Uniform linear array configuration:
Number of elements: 32
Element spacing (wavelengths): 1
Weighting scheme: blackman
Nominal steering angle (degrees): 0
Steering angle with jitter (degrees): -1.376
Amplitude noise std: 0.05
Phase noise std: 0.05

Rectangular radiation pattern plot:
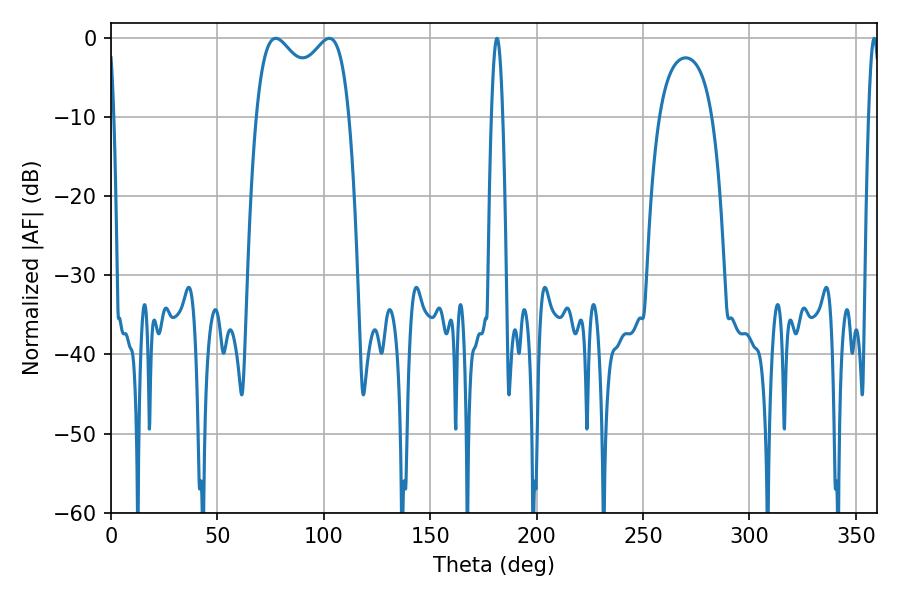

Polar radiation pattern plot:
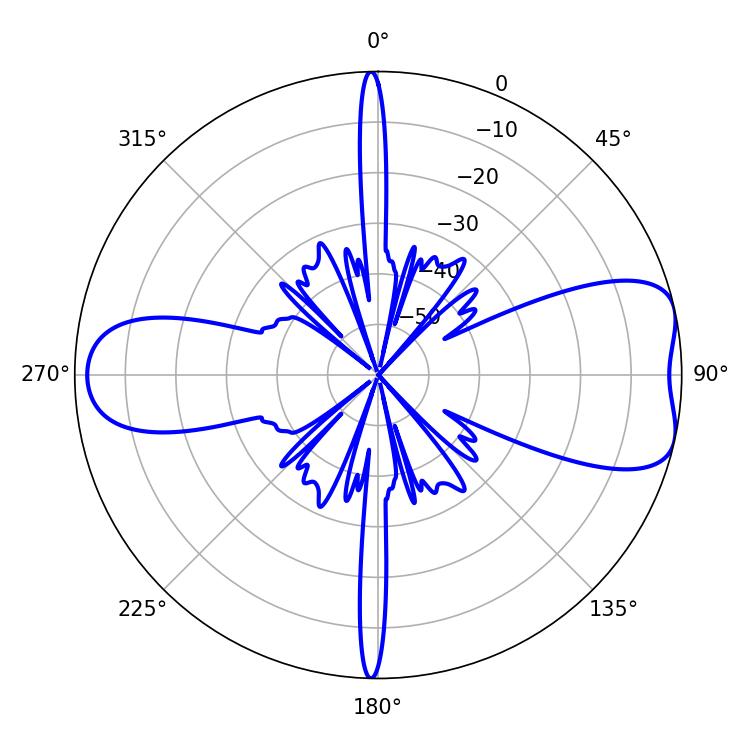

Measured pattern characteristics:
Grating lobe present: TRUE
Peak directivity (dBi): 7.572
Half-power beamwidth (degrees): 36.36
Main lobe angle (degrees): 77.4